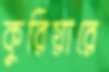
কুরিয়ারে